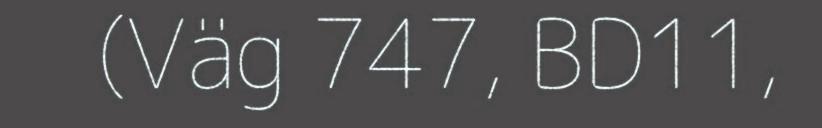
(Väg 747, BD11,